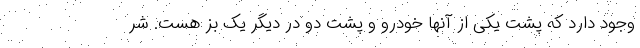
وجود دارد که پشت یکی از آنها خودرو و پشت دو در دیگر یک بز هست. شر